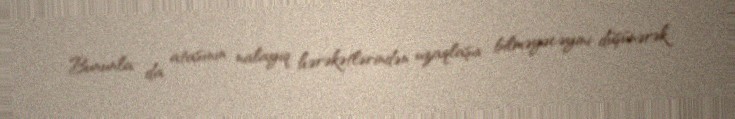
Bununla da atasının nalayiq hərəkətlərindən uzaqlaşa bilməyəcəyini düşünərək